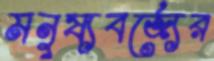
মনুষ্যবর্জ্যের